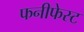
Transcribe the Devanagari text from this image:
फनीफेस्ट